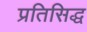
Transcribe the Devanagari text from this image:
प्रतिसिद्ध